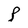
Character: P